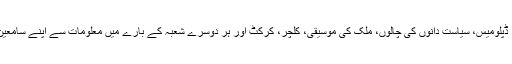
وہ پاکستان کی تاریخ، ڈپلومیس، سیاست دانوں کی چالوں، ملک کی موسیقی، کلچر، کرکٹ اور ہر دوسرے شعبہ کے بارے میں معلومات سے اپنے سامعین کو مستفید کرتےہیں۔